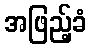
အဖြည့်ခံ